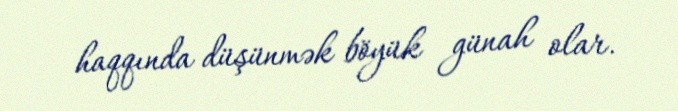
haqqında düşünmək böyük günah olar.